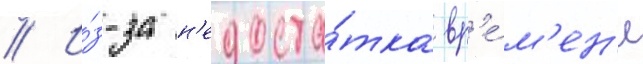
// И́з-за н'едоста́тка вр'е́м'ен'и